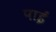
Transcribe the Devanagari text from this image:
पाईंं